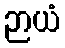
ဉာယံ